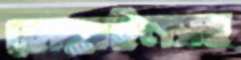
হোছাইনসহ